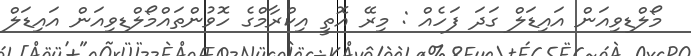
މޯލްޑިވިއަން އައިޑަލް ގަދަ ފަހެއް : މިރޭ އޮތީ އިކްރާމްގެ ހޮވުންތައްމޯލްޑިވިއަން އައިޑަލް